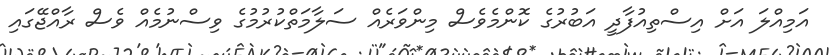
އަމިއްލަ އަށް އިސްތިއުފާދީ އަބުރުގެ ކޮންމެވެސް މިންވަރެއް ސަލާމަތްކުރުމުގެ ވިސްނުމެއް ވެސް ރާއްޖޭގައި